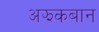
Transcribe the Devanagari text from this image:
अझकबान